Vaccine operations Central Provinces 1868-1885 - 1868-1885
Year: 1868
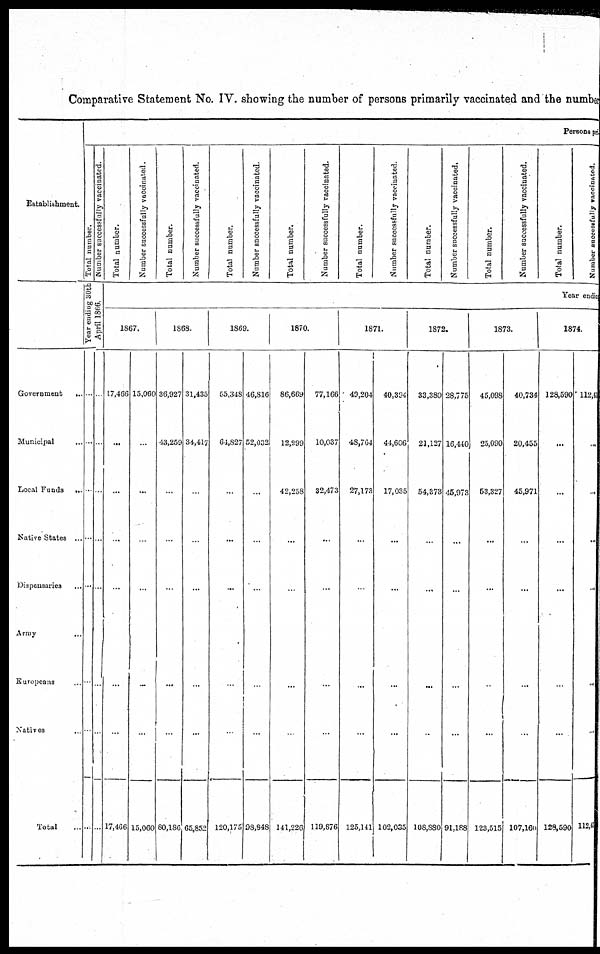
Comparative Statement No. IV. showing the number of persons primarily vaccinated and the number
Establishment.
Government
...
Municipal ...
Local Funds ...
Satire States ...
Dispensaries ...
Army
...
Europeans ...
Natives
Total ...
Persons pri
Total number.
Number successfully vaccinated.
Year ending 30th
April 1866.
...
...
...
...
...
...
...
...
...
...
...
...
...
...
...
...
Total number.
Number successfully vaccinated.
Total number.
Number successfully vaccinated.
Total number.
Number successfully vaccinated.
Total number.
Number successfully vaccinated.
Total number.
Number successfully vaccinated.
Total number.
Number successfully vaccinated.
Total number.
Number successfully vaccinated.
Total number.
Number successfully vaccinated.
Year endin
1867.
17,466
...
...
...
...
...
...
17,466
15,060
...
...
...
...
...
...
15,060
1868.
36,927
43,259
...
...
...
...
...
80,186
31,435
34,417
...
...
...
...
...
65,852
1869.
55,348
64,827
...
...
...
...
...
120,175
46,816
52,032
...
...
...
...
...
98,848
1870.
86,669
12,399
42,258
...
...
...
...
141,226
77,166
10,037
32,473
...
...
...
...
119,676
1871.
49,204
48,764
27,173
...
...
...
...
125,141
40,394
44,606
17,035
...
...
...
...
102,035
1872.
33,380
21,127
54,373
...
...
...
...
106,880
28,775
16,440
45,973
...
...
...
...
91,188
1873.
45,098
25,090
53,327
...
...
..
...
123,515
40,734
20,455
45,971
...
...
...
...
107,160
1874.
128,590
...
...
...
...
...
...
128,590
112,43
...
...
...
...
...
...
112,43